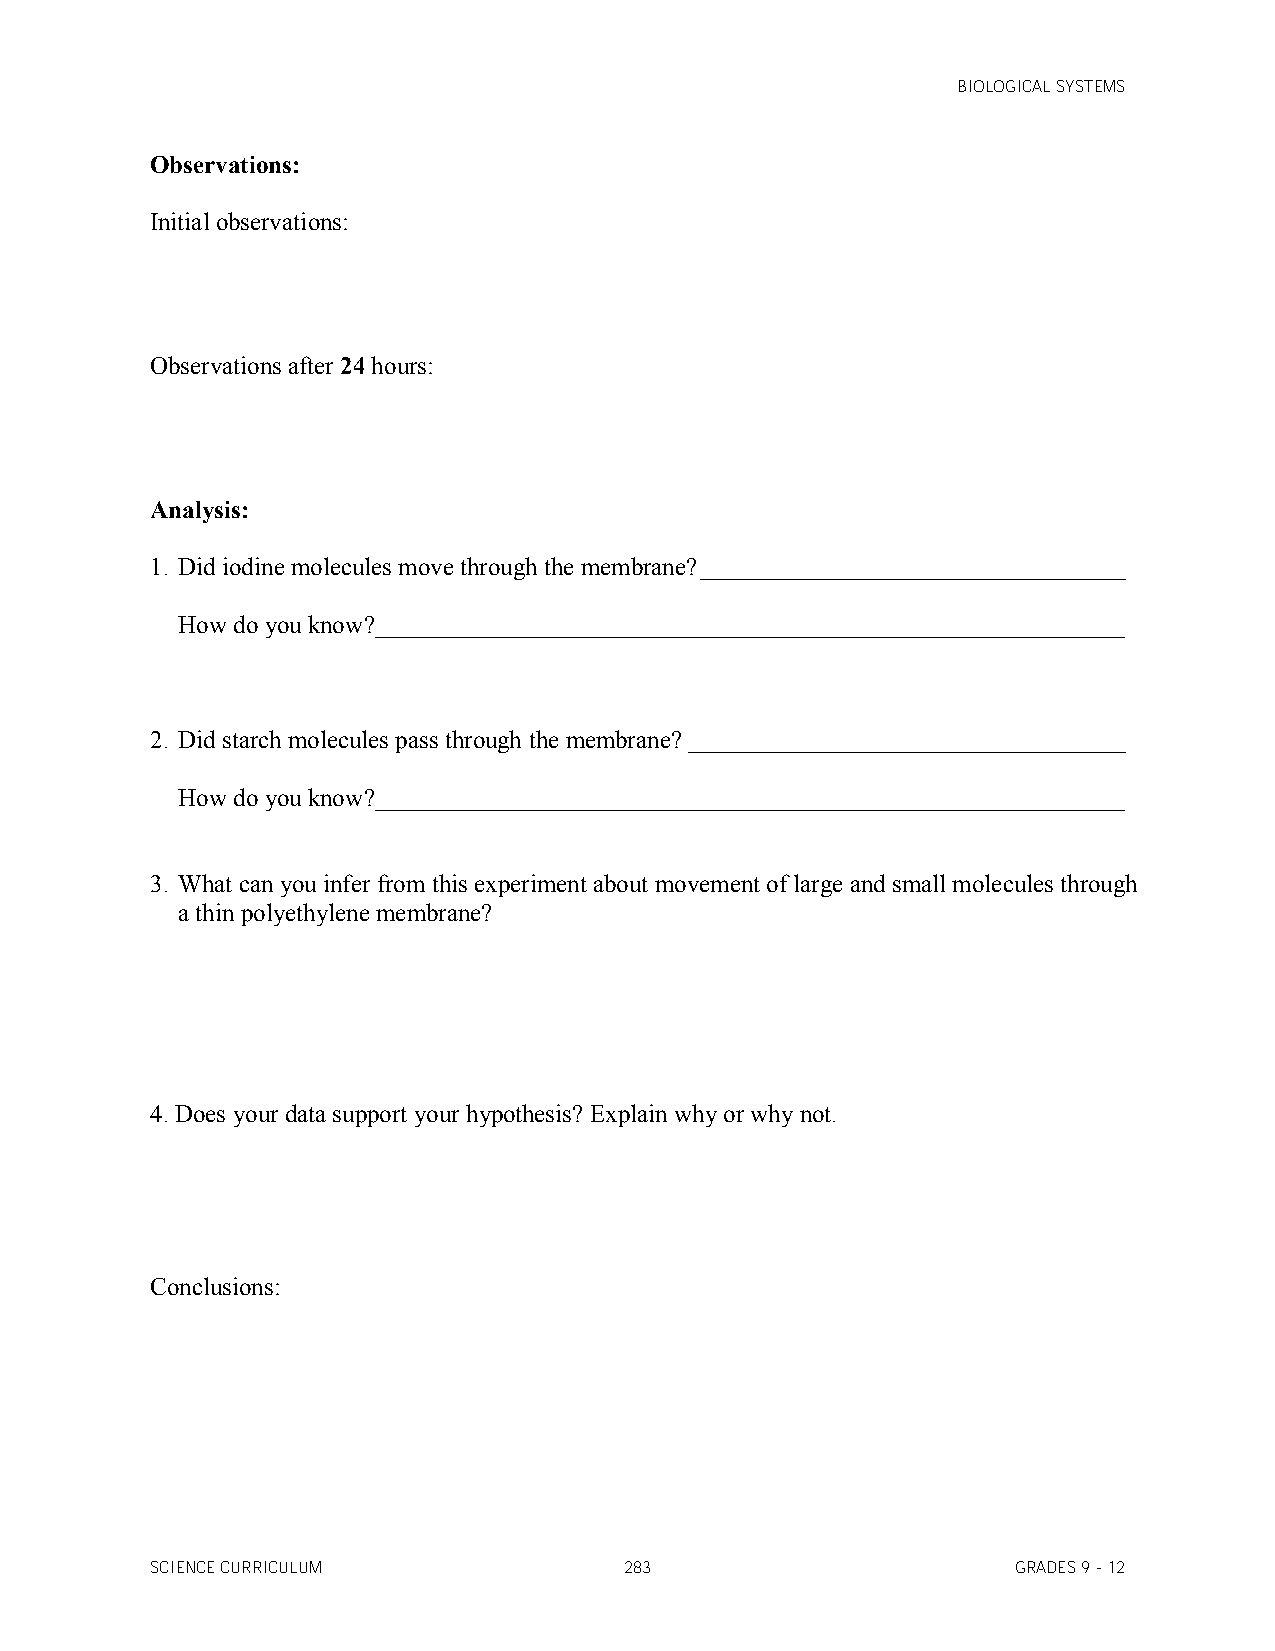
BIOLOGICAL SYSTEMS
 Observations:
 Initial observations:
 Observations after 24 hours:
 Analysis:
 1. Did iodine molecules move through the membrane? __________________________________
 How do you know? ____________________________________________________________
 2. Did starch molecules pass through the membrane? ___________________________________
 How do you know? ____________________________________________________________
 3. What can you infer from this experiment about movement of large and small molecules through
 a thin polyethylene membrane?
 4. Does your data support your hypothesis? Explain why or why not.
 Conclusions:
 SCIENCE CURRICULUM             283                       GRADES 9 - 12